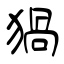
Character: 猧